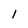
Character: 1